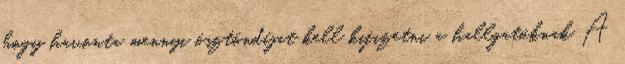
hogy havonta mennyi ösztöndíjat kell kifizetni a hallgatóknak A